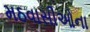
મઠવાસીઓના